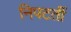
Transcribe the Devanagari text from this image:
निपटतीं